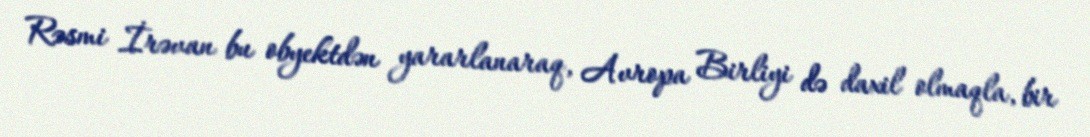
Rəsmi İrəvan bu obyektdən yararlanaraq, Avropa Birliyi də daxil olmaqla, bir